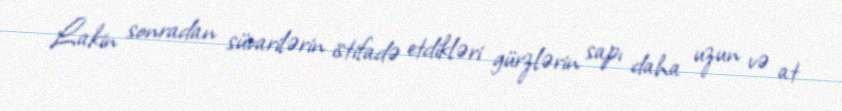
Lakin sonradan süvarilərin istifadə etdikləri gürzlərin sapı daha uzun və at